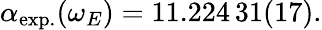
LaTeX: \begin{array}{r}{\alpha_{\mathrm{exp.}}(\omega_{E})=11.224\, 31(17).}\end{array}